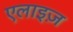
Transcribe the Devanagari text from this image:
एलाइज़